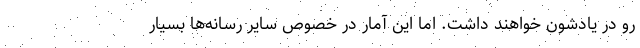
رو در یادشون خواهند داشت. اما این آمار در خصوص سایر رسانه‌ها بسیار